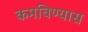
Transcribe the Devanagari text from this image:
कमविण्यास